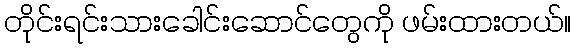
တိုင်းရင်းသားခေါင်းဆောင်တွေကို ဖမ်းထားတယ်။